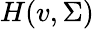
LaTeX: H(v,\Sigma)